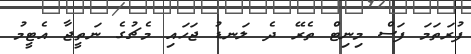
ފުރަތަމަ ފަސް މިނިޓް ތެރޭ ދެ ލަނޑު ޖަހައި މެޗުގެ ނަތީޖާ އެޓީމު